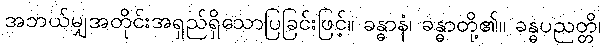
အဘယ်မျှအတိုင်းအရှည်ရှိသောပြခြင်းဖြင့်။ ခန္ဓာနံ၊ ခန္ဓာတို့၏။ ခန္ဓပညတ္တိ၊